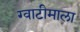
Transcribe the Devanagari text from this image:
ग्वाटीमाला